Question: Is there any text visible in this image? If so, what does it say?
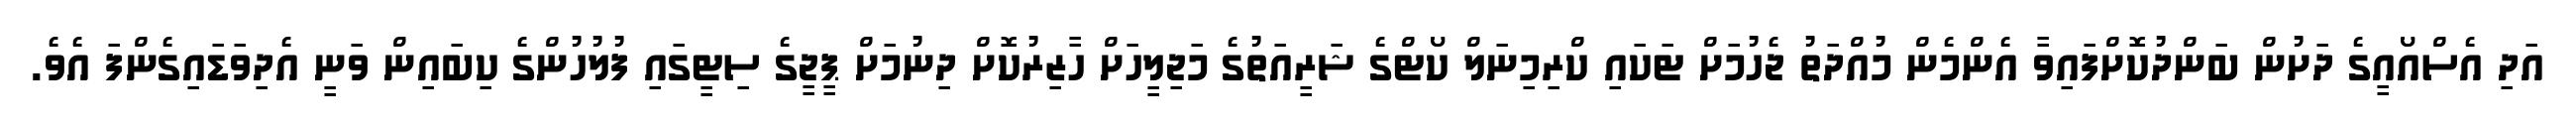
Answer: އަދި އެސްއޯއީގެ ދަށުން ބަންދުކޮށްފައިވާ އެންމެން މުއްދަތު ޖެހުމަށް ޓަކައި ކްރިމިނަލް ކޯޓްގެ ޝަރީއަތުގެ މަޖިލީހަށް ހާޒިރުކޮށް ދިނުމަށް ޕީޖީގެ ސިޓީގައި ފުލުހުންގެ ކިބައިން ވަނީ އެދިވަޑައިގެންފަ އެވެ.